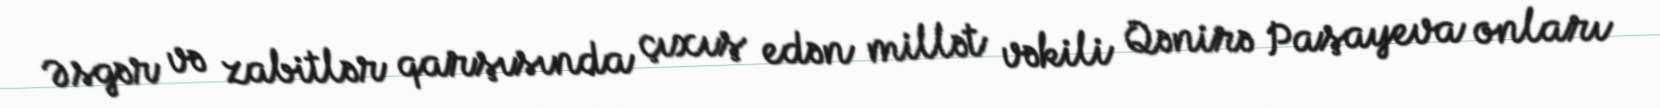
Əsgər və zabitlər qarşısında çıxış edən millət vəkili Qənirə Paşayeva onları